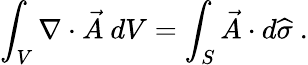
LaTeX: \int_{V}\nabla\cdot{\vec{A}}\ dV=\int_{S}{\vec{A}}\cdot d{\widehat{\sigma}}~.